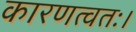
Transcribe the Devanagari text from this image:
कारणत्वतः।